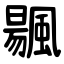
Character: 䬗